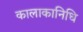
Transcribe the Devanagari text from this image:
कालाकानिधि